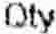
QTY